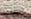
للصدمة